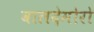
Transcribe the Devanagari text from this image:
वालदेमोरो